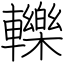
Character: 轢